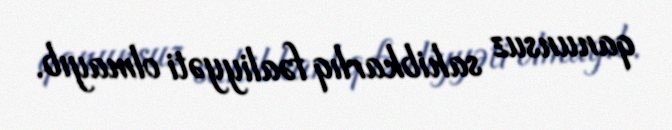
qanunsuz sahibkarlıq fəaliyyəti olmayıb.